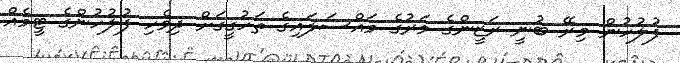
ފުލުހުން މިރޭ ބުނީ ރަޒީންގެ މަރުގެ މައްސަލައިގެ ތަހުގީގަށް ދިވެހި ފުލުހުންގެ ޓީމެއް